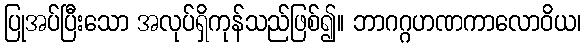
ပြုအပ်ပြီးသော အလုပ်ရှိကုန်သည်ဖြစ်၍။ ဘာဂဂ္ဂဟဏကာလောဝိယ၊